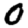
Digit: 0